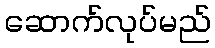
ဆောက်လုပ်မည်